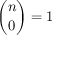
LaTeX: { \binom { n } { 0 } } = 1